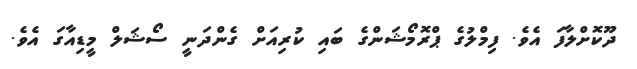
ދޫކޮށްލާފަ އެވެ. ފިމްލުގެ ޕްރޮމޯޝަންގެ ބައި ކުރިއަށް ގެންދަނީ ސޯޝަލް މީޑިއާގަ އެވެ.